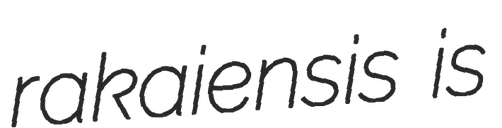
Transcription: rakaiensis is